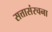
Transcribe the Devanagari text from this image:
सत्तासंरचना